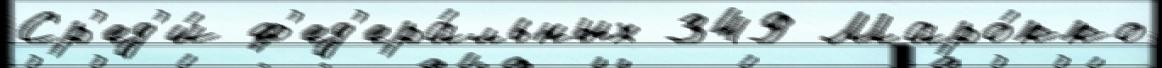
Ср'ед'и́ ф'ед'ера́льных 349 Маро́кко